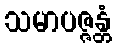
သမာပဇ္ဇန္တံ